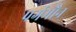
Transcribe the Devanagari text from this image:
पर्गमौन